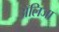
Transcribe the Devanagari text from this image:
अॅलिजा